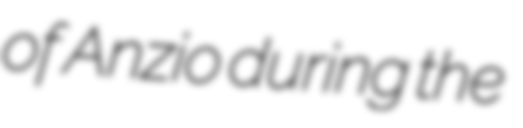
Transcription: of Anzio during the